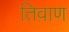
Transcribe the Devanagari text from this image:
तिवाण